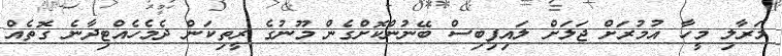
މަރާލި މީހާ އުމުރަށް ޖަލަށް ލައިފިބިސް ބޭނުންކޮށްގެން މޫނުގެ ރީތިކަން ދެމެހެއްޓިދާނެ ގޮތެއް